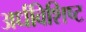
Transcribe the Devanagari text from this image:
अर्धविशिष्ट